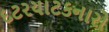
દટરયાટકનારો